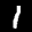
Label: 1